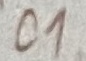
Text: C1